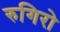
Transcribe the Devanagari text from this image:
रुगिरो